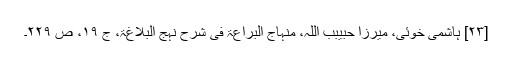
[۲۳] ہاشمی خوئی، میرزا حبیبب اللہ، منہاج البراعۃ فی شرح نہج البلاغۃ، ج ۱۹، ص ۲۲۹۔